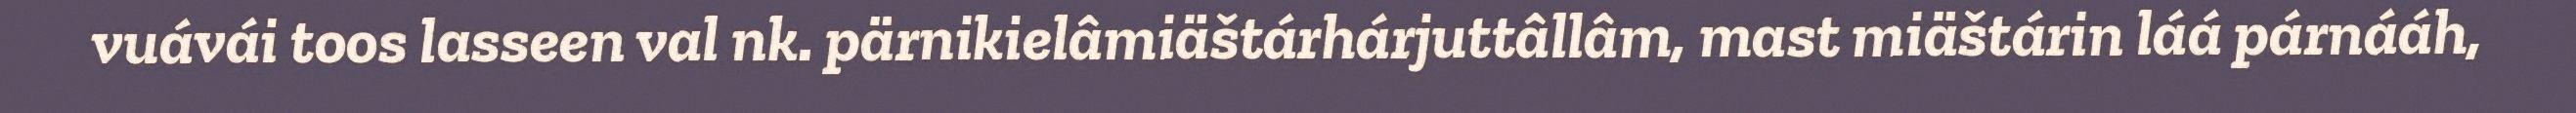
vuávái toos lasseen val nk. pärnikielâmiäštárhárjuttâllâm, mast miäštárin láá párnááh,